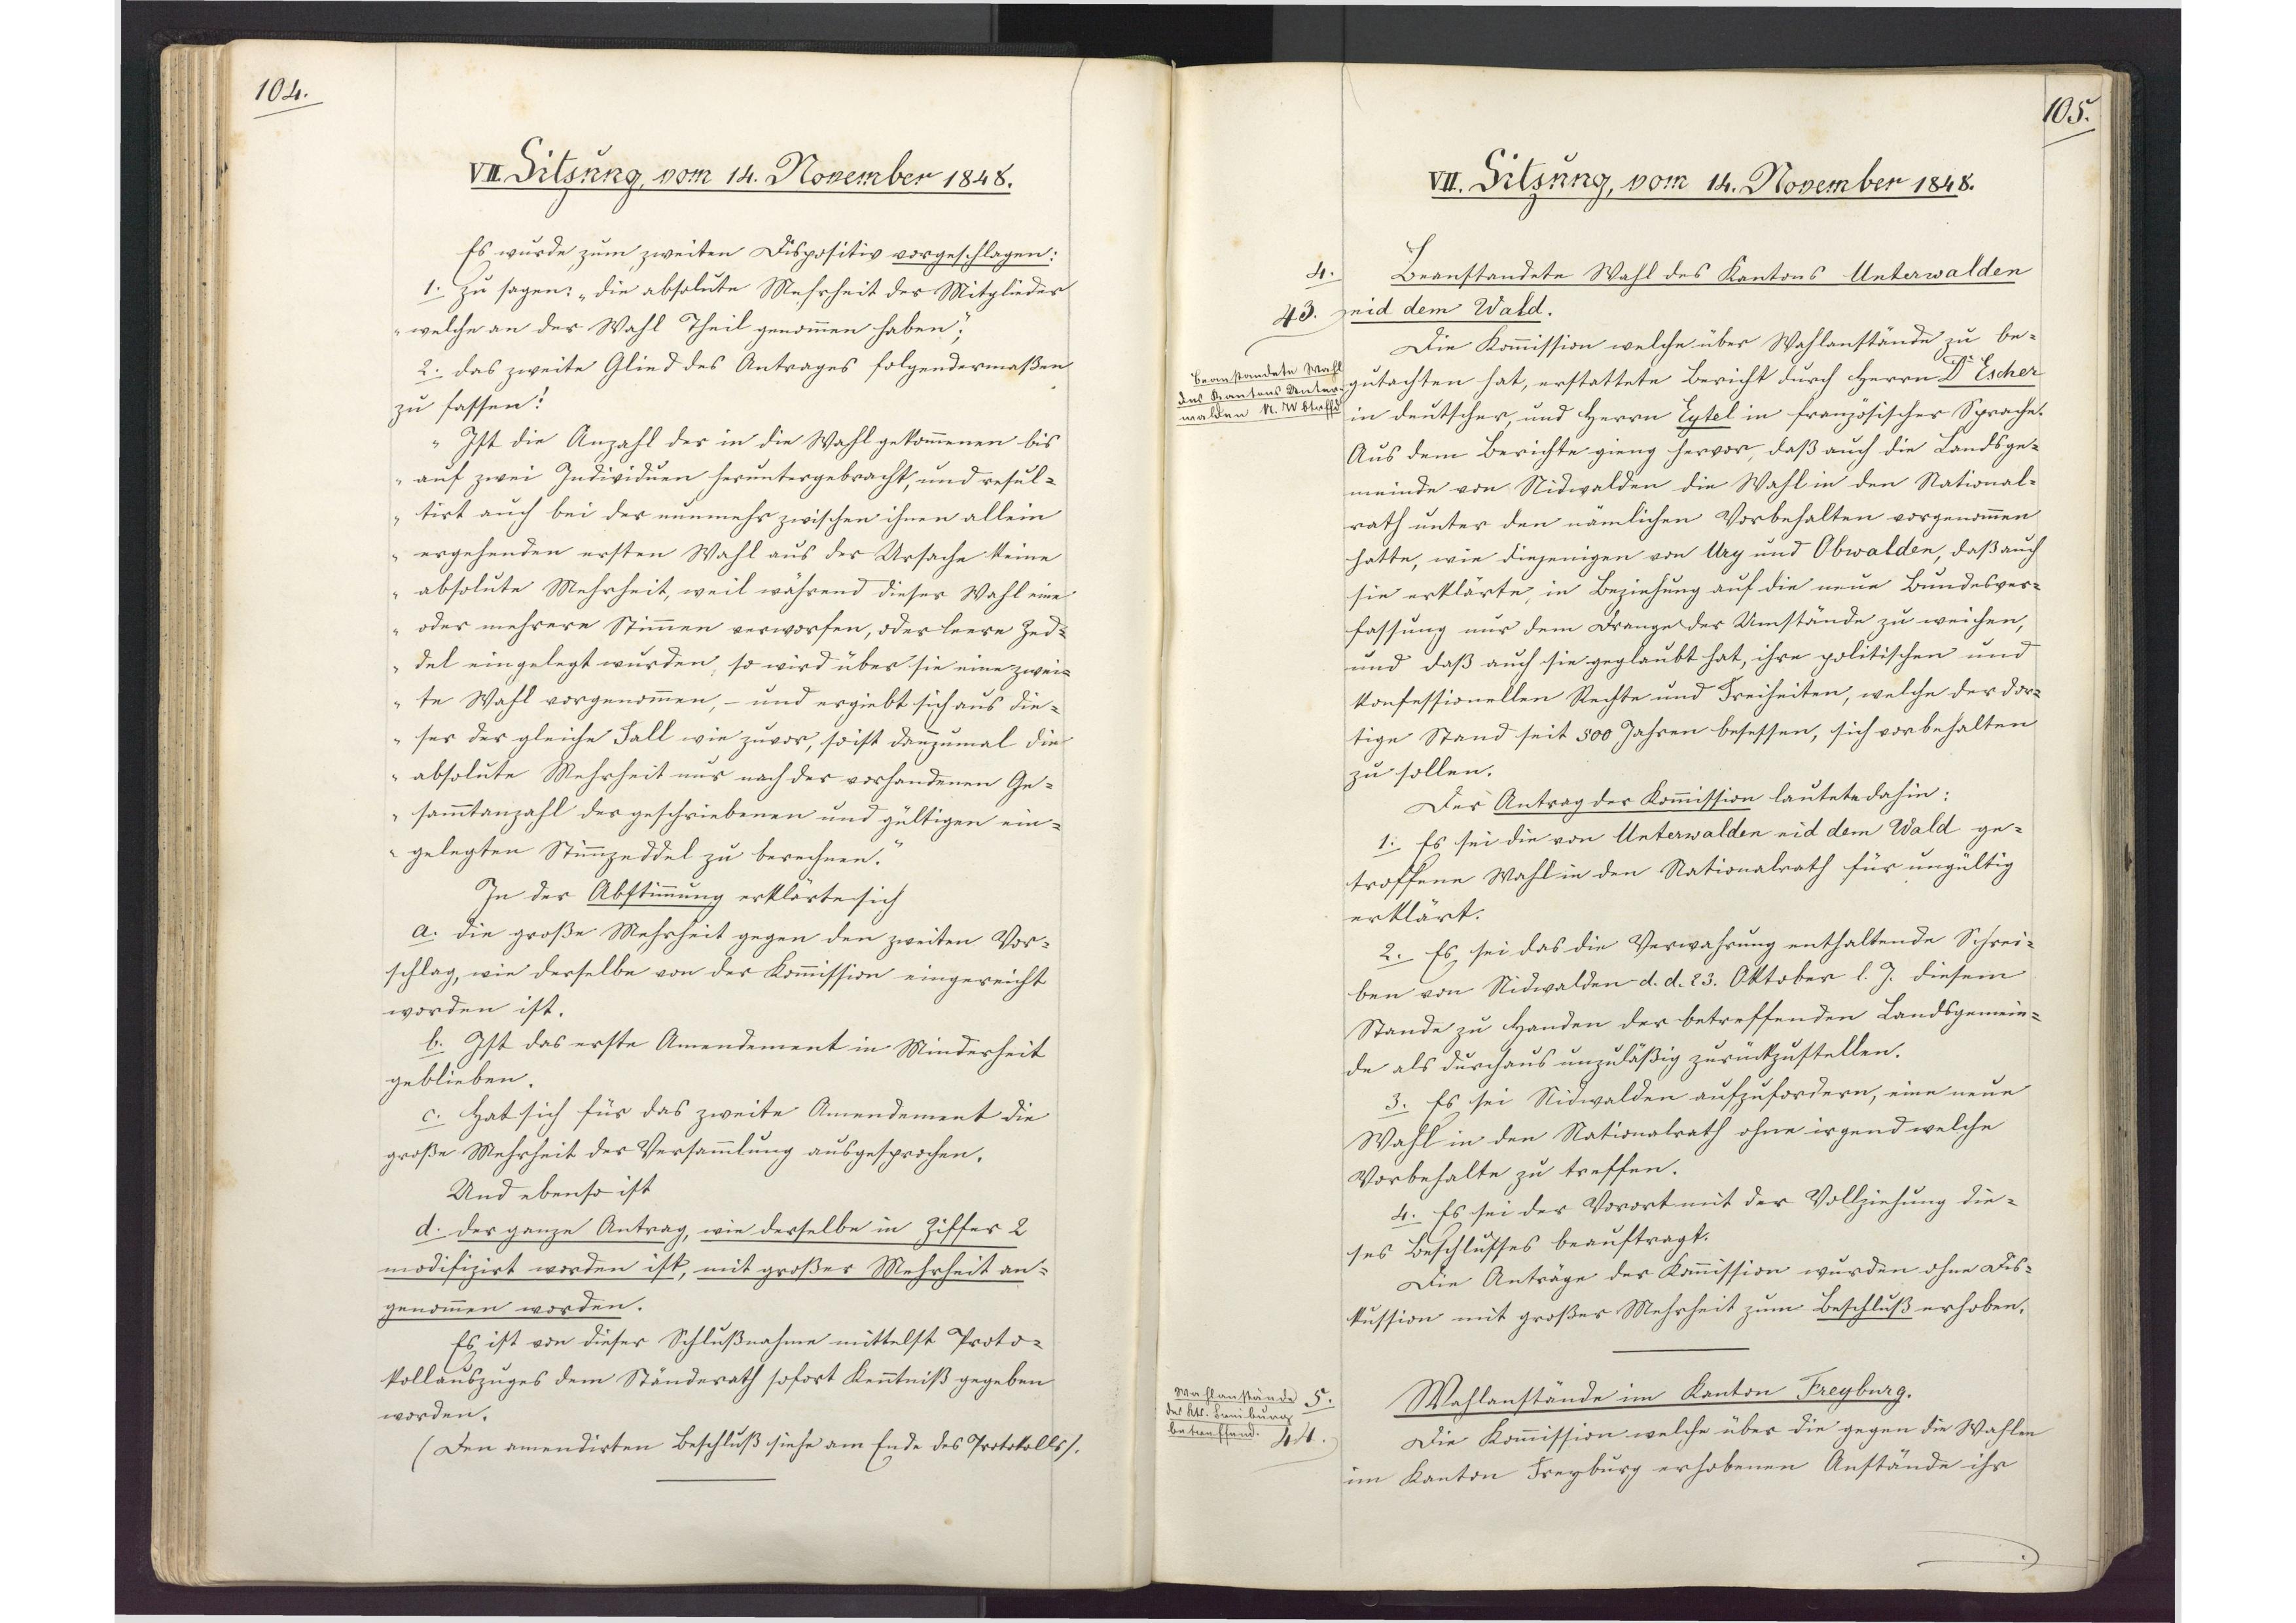
104.

VII. Sitzung, vom 14. November 1848.

Es wurde zum zweiten Dispositiv vorgeschlagen:
1. zu sagen: "die absolute Mehrheit der Mitglieder
welche an der Wahl Theil genommen haben";
2. das zweite Glied des Antrages folgendermaßen
zu fassen:
"Ist die Anzahl der in die Wahl gekommenen bis
auf zwei Individuen heruntergebracht, und resul¬
tirt auch bei der nunmehr zwischen ihnen allein
ergehenden ersten Wahl aus der Ursache keine
absolute Mehrheit, weil während dieser Wahl eine
oder mehrere Stimmen verworfen, oder leere Zed¬
del eingelegt wurden, so wird über sie eine zwei¬
te Wahl vorgenommen, - und ergiebt sich aus die¬
ser der gleiche Fall wie zuvor, so ist dannzumal die
absolute Mehrheit nur nach der vorhandenen Ge¬
sammtanzahl der geschriebenen und gültigen ein¬
gelegten Stimmzeddel zu berechnen."
In der Abstimmung erklärte sich
a. die große Mehrheit gegen den zweiten Vor¬
schlag, wie derselbe von der Kommission eingereicht
worden ist.
b. Ist das erste Amendement in Minderheit
geblieben.
c. Hat sich für das zweite Amendement die
große Mehrheit der Versammlung ausgesprochen.
Und ebenso ist
d. der ganze Antrag, wie derselbe in Ziffer 2
modifizirt worden ist, mit großer Mehrheit an¬
genommen worden.
Es ist von dieser Schlußnahme mittelst Proto¬
kollauszuges dem Ständerath sofort Kenntniß gegeben
worden.
(Den amendirten Beschluß siehe am Ende des Protokolls.)

105.

VII. Sitzung, vom 14. November 1848.

Beanstandete Wahl des Kantons Unterwalden
nid dem Wald.
Die Kommission welche über Wahlanstände zu be¬
gutachten hat, erstattete Bericht durch Herrn Dr. Escher
in deutscher, und Herrn Eytel in französischer Sprache.
Aus dem Berichte gieng hervor, daß auch die Landsge¬
meinde von Nidwalden die Wahl in den National¬
rath unter den nämlichen Vorbehalten vorgenommen
hatte, wie diejenigen von Ury und Obwalden, daß auch
sie erklärte, in Beziehung auf die neue Bundesver¬
fassung nur dem Drange der Umstände zu weichen,
und dass auch sie geglaubt hat, ihre politischen und
konfessionellen Rechte und Freiheiten, welche der dor¬
tige Stand seit 500 Jahren besessen, sich vorbehalten
zu sollen.
Der Antrag der Kommission lautete dahin:
1. Es sei die von Unterwalden nid dem Wald ge¬
troffene Wahl in den Nationalrath für ungültig
erklärt.
2. Es sei das die Verwahrung enthaltende Schrei-
ben von Nidwalden d. d. 23. Oktober d. J. diesem
Stande zu Handen der betreffenden Landsgemein¬
de als durchaus unzuläßig zurückzustellen.
3. Es sei Nidwalden aufzufordern, eine neue
Wahl in den Nationalrath ohne irgend welche
Vorbehalte zu treffen.
4. Es sei der Vorort mit der Vollziehung die¬
ses Beschlusses beauftragt.
Die Anträge der Kommission wurden ohne Dis¬
kussion mit großer Mehrheit zum Beschluß erhoben.
Wahlanstände im Kanton Freyburg.
Die Kommission welche über die gegen die Wahlen
im Kanton Freyburg erhobenen Anstände ihr

4.
43.
Beanstandete Wahl
des Kantons Unter¬
walden N. W. betreffend.

5.
44.
Wahlanstände
des Kts. Freiburg
betreffend.